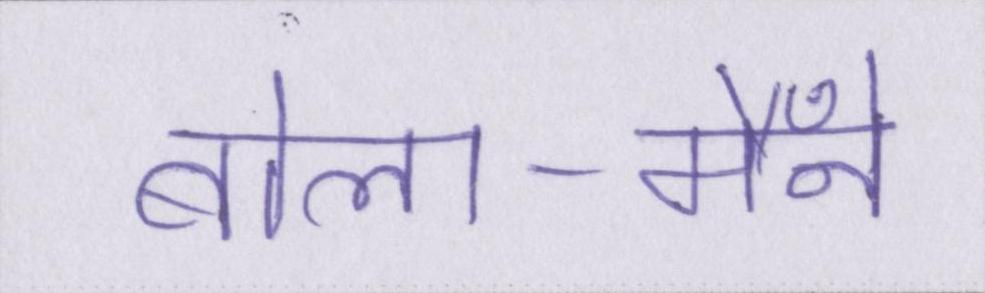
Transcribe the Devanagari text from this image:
बोला-मैँने